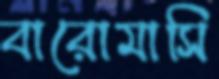
বারোমাসি